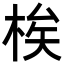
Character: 𬂼